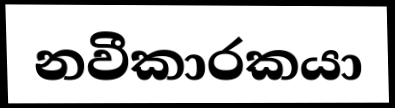
නවීකාරකයා